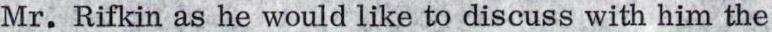
Mr. Rifkin as he would like to discuss with him the